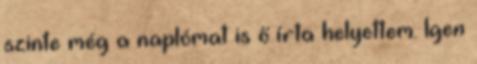
szinte még a naplómat is ő írta helyettem. Igen